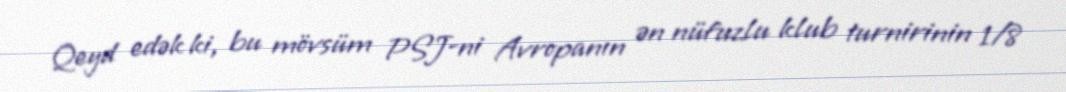
Qeyd edək ki, bu mövsüm PSJ-ni Avropanın ən nüfuzlu klub turnirinin 1/8